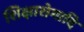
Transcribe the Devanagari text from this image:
शिक्षारोगादि